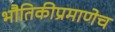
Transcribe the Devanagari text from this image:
भौतिकीप्रमाणेच